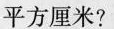
平方厘米?（）